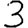
Digit: 3